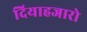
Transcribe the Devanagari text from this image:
दियाहजारो